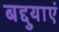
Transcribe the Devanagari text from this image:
बद्दुयाएं